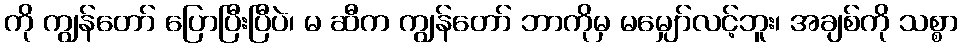
ကို ကျွန်တော် ပြောပြီးပြီပဲ၊ မ ဆီက ကျွန်တော် ဘာကိုမှ မမျှော်လင့်ဘူး၊ အချစ်ကို သစ္စာ